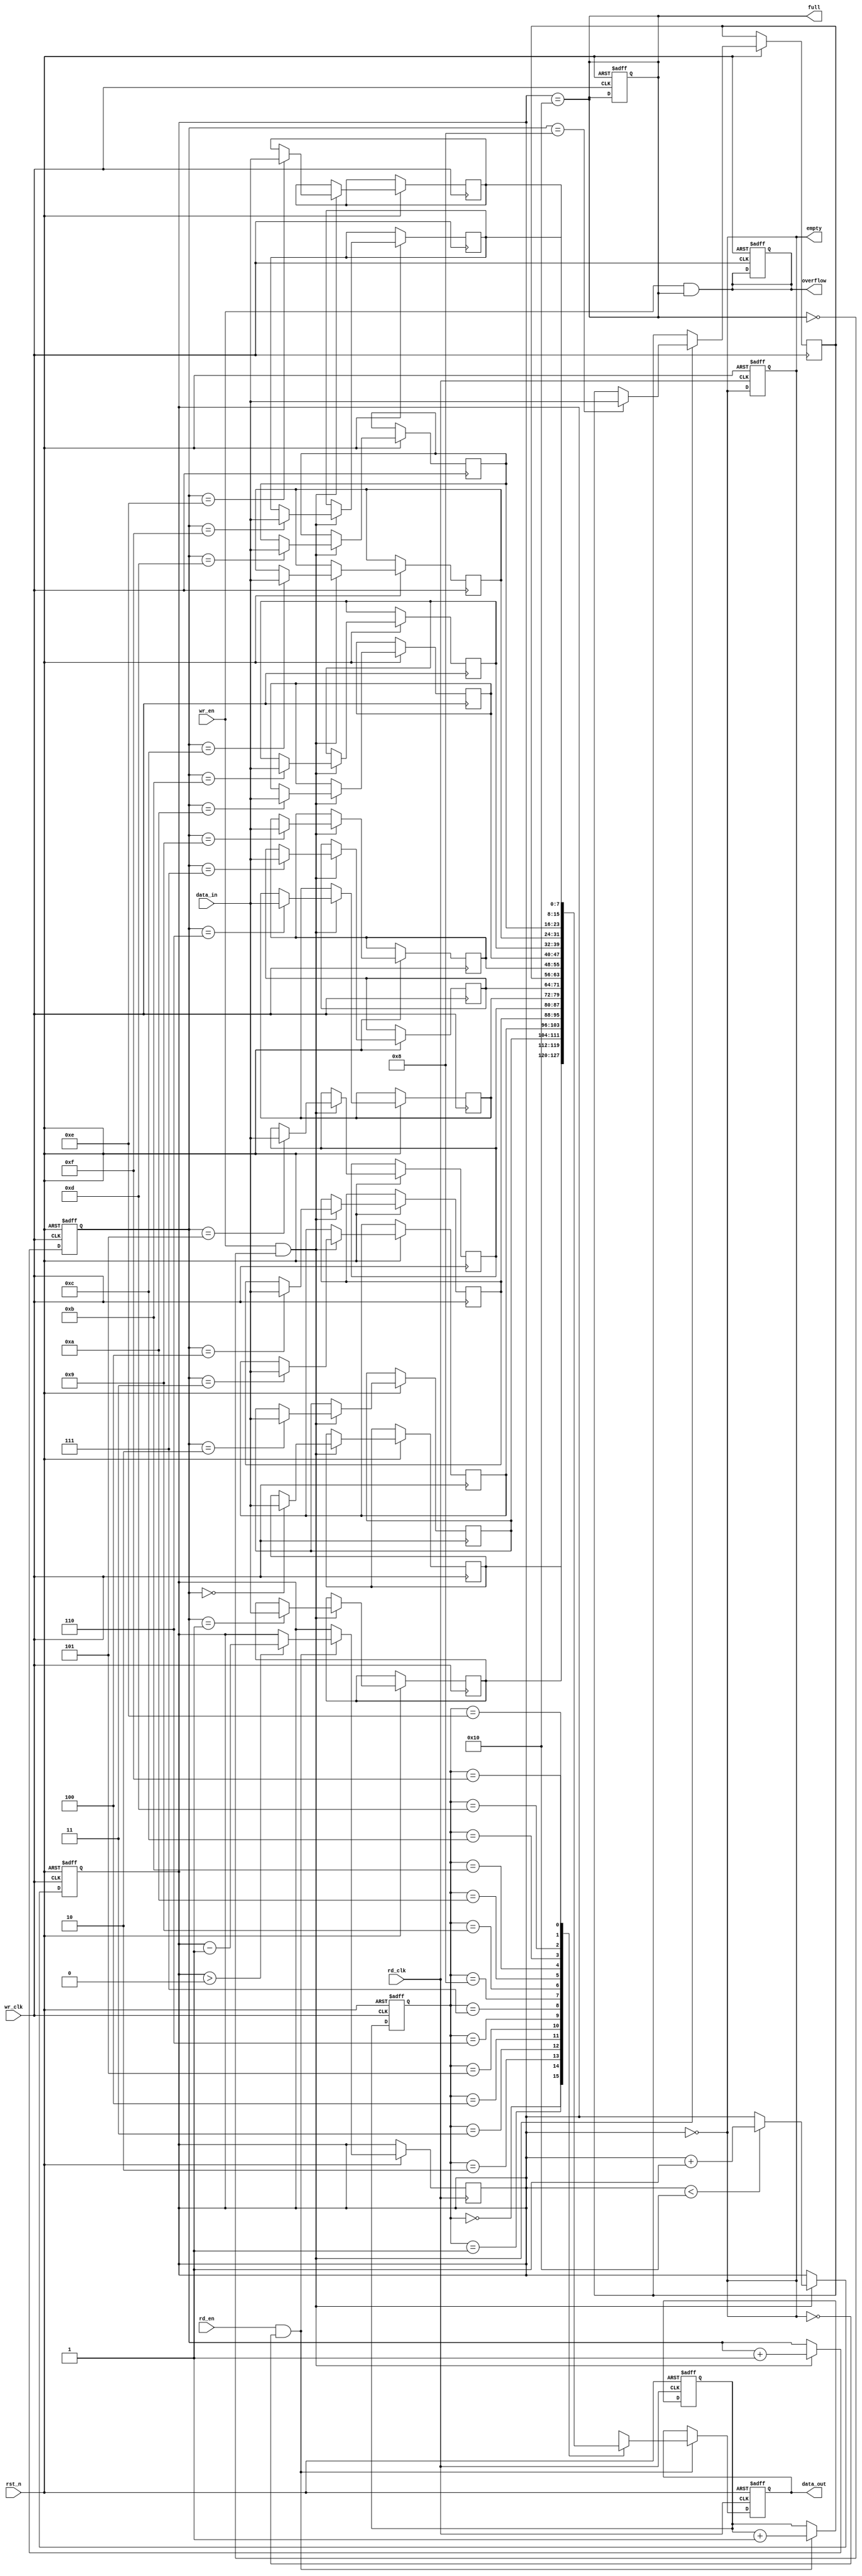
module async_fifo #(
    parameter DATA_WIDTH = 8,  // Width of the data
    parameter FIFO_DEPTH = 16   // Depth of the FIFO (must be a power of 2)
)(
    input wire wr_clk,           // Write clock
    input wire rd_clk,           // Read clock
    input wire rst_n,            // Asynchronous reset (active low)
    input wire wr_en,            // Write enable
    input wire rd_en,            // Read enable
    input wire [DATA_WIDTH-1:0] data_in, // Data input
    output reg [DATA_WIDTH-1:0] data_out, // Data output
    output reg full,             // FIFO full flag
    output reg empty,            // FIFO empty flag
    output reg overflow          // FIFO overflow flag
);

    // Memory array
    reg [DATA_WIDTH-1:0] fifo_mem [0:FIFO_DEPTH-1];

    // Pointers
    reg [$clog2(FIFO_DEPTH)-1:0] wr_ptr;
    reg [$clog2(FIFO_DEPTH)-1:0] rd_ptr;
    reg [$clog2(FIFO_DEPTH+1)-1:0] count; // Count of elements in FIFO

    // Synchronization registers for the pointers
    reg [$clog2(FIFO_DEPTH)-1:0] wr_ptr_sync;
    reg [$clog2(FIFO_DEPTH)-1:0] rd_ptr_sync;

    // Asynchronous reset
    always @(posedge wr_clk or negedge rst_n) begin
        if (!rst_n) begin
            wr_ptr <= 0;
            count <= 0;
            full <= 0;
            overflow <= 0;
        end else if (wr_en && !full) begin
            fifo_mem[wr_ptr] <= data_in;
            wr_ptr <= wr_ptr + 1;
            if (count < FIFO_DEPTH) count <= count + 1;
        end
    end

    always @(posedge rd_clk or negedge rst_n) begin
        if (!rst_n) begin
            rd_ptr <= 0;
            data_out <= 0;
            empty <= 1;
        end else if (rd_en && !empty) begin
            data_out <= fifo_mem[rd_ptr_sync];
            rd_ptr <= rd_ptr + 1;
            if (count > 0) count <= count - 1;
        end
    end

    // Update full and empty flags
    always @(*) begin
        full = (count == FIFO_DEPTH);
        empty = (count == 0);
        overflow = (wr_en && full);
    end

    // Synchronize the write pointer to the read clock domain
    always @(posedge rd_clk or negedge rst_n) begin
        if (!rst_n) begin
            wr_ptr_sync <= 0;
        end else begin
            wr_ptr_sync <= wr_ptr;
        end
    end

    // Synchronize the read pointer to the write clock domain
    always @(posedge wr_clk or negedge rst_n) begin
        if (!rst_n) begin
            rd_ptr_sync <= 0;
        end else begin
            rd_ptr_sync <= rd_ptr;
        end
    end

endmodule